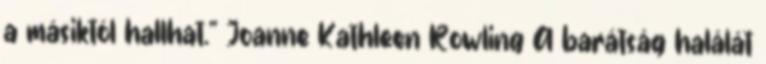
a másiktól hallhat.” Joanne Kathleen Rowling A barátság halálát